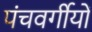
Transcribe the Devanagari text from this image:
पंचवर्गीयों